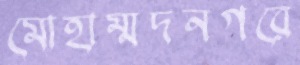
মোহাম্মদনগরে